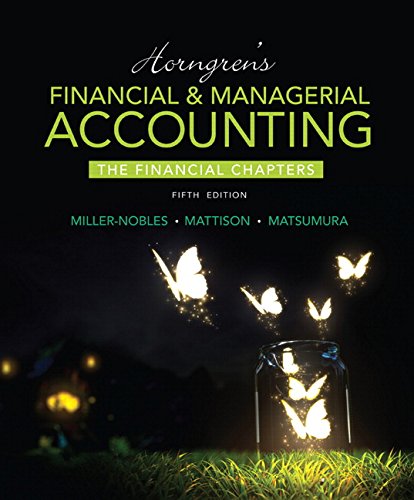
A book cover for Horngren's Financial & Managerial Accounting, The Financial Chapters (5th Edition); Tracie L. Miller-Nobles; Business & Money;